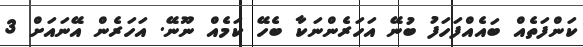
ކަންފަތެއް ބައެއްފަހަފު ބުނޭ އަހަރެންނަކާ ބެހޭ ކަމެއް ނޫނޭ. އަހަރެން އޭނައަށް 3